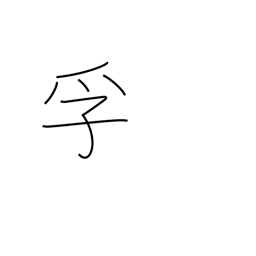
Meaning: encase